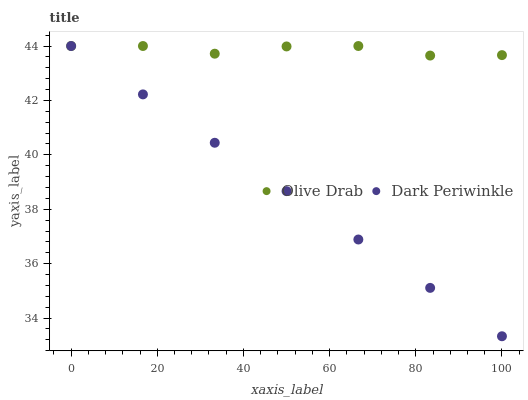
| xaxis_label | Olive Drab | Dark Periwinkle |
 | --- | --- | --- |
 | 0 | 44 | 44 |
 | 16.7 | 44 | 42.2 |
 | 33.3 | 43.7 | 40.4 |
 | 50 | 44 | 38.7 |
 | 66.7 | 44 | 36.9 |
 | 83.3 | 43.6 | 35.1 |
 | 100 | 43.7 | 33.3 |